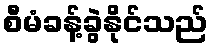
စီမံခန့်ခွဲနိုင်သည်